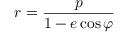
r = { \frac { p } { 1 - e \cos \varphi } }